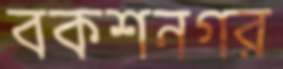
বকশনগর